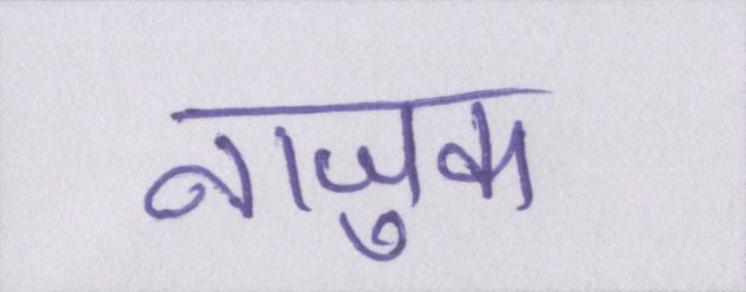
नाजुक